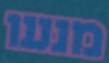
מנעו